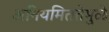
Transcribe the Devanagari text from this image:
अनियमिततेमुळे